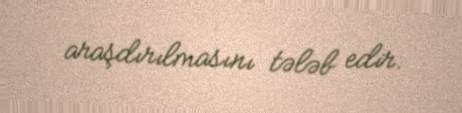
araşdırılmasını tələb edir.